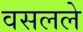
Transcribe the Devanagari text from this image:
वसलले